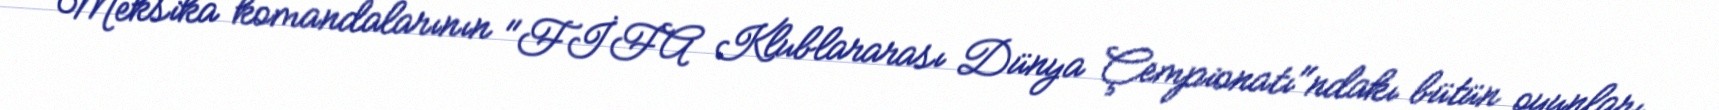
Meksika komandalarının "FİFA Klublararası Dünya Çempionatı"ndakı bütün oyunları